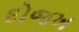
દોજખ